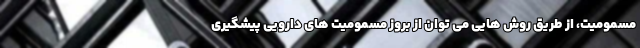
مسمومیت، از طریق روش هایی می توان از بروز مسمومیت های دارویی پیشگیری